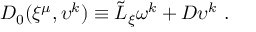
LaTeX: D _ { 0 } ( \xi ^ { \mu } , \upsilon ^ { k } ) \equiv { \tilde { \cal L } } _ { \xi } \omega ^ { k } + D \upsilon ^ { k } \ .